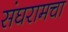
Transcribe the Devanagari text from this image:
संघरामचा